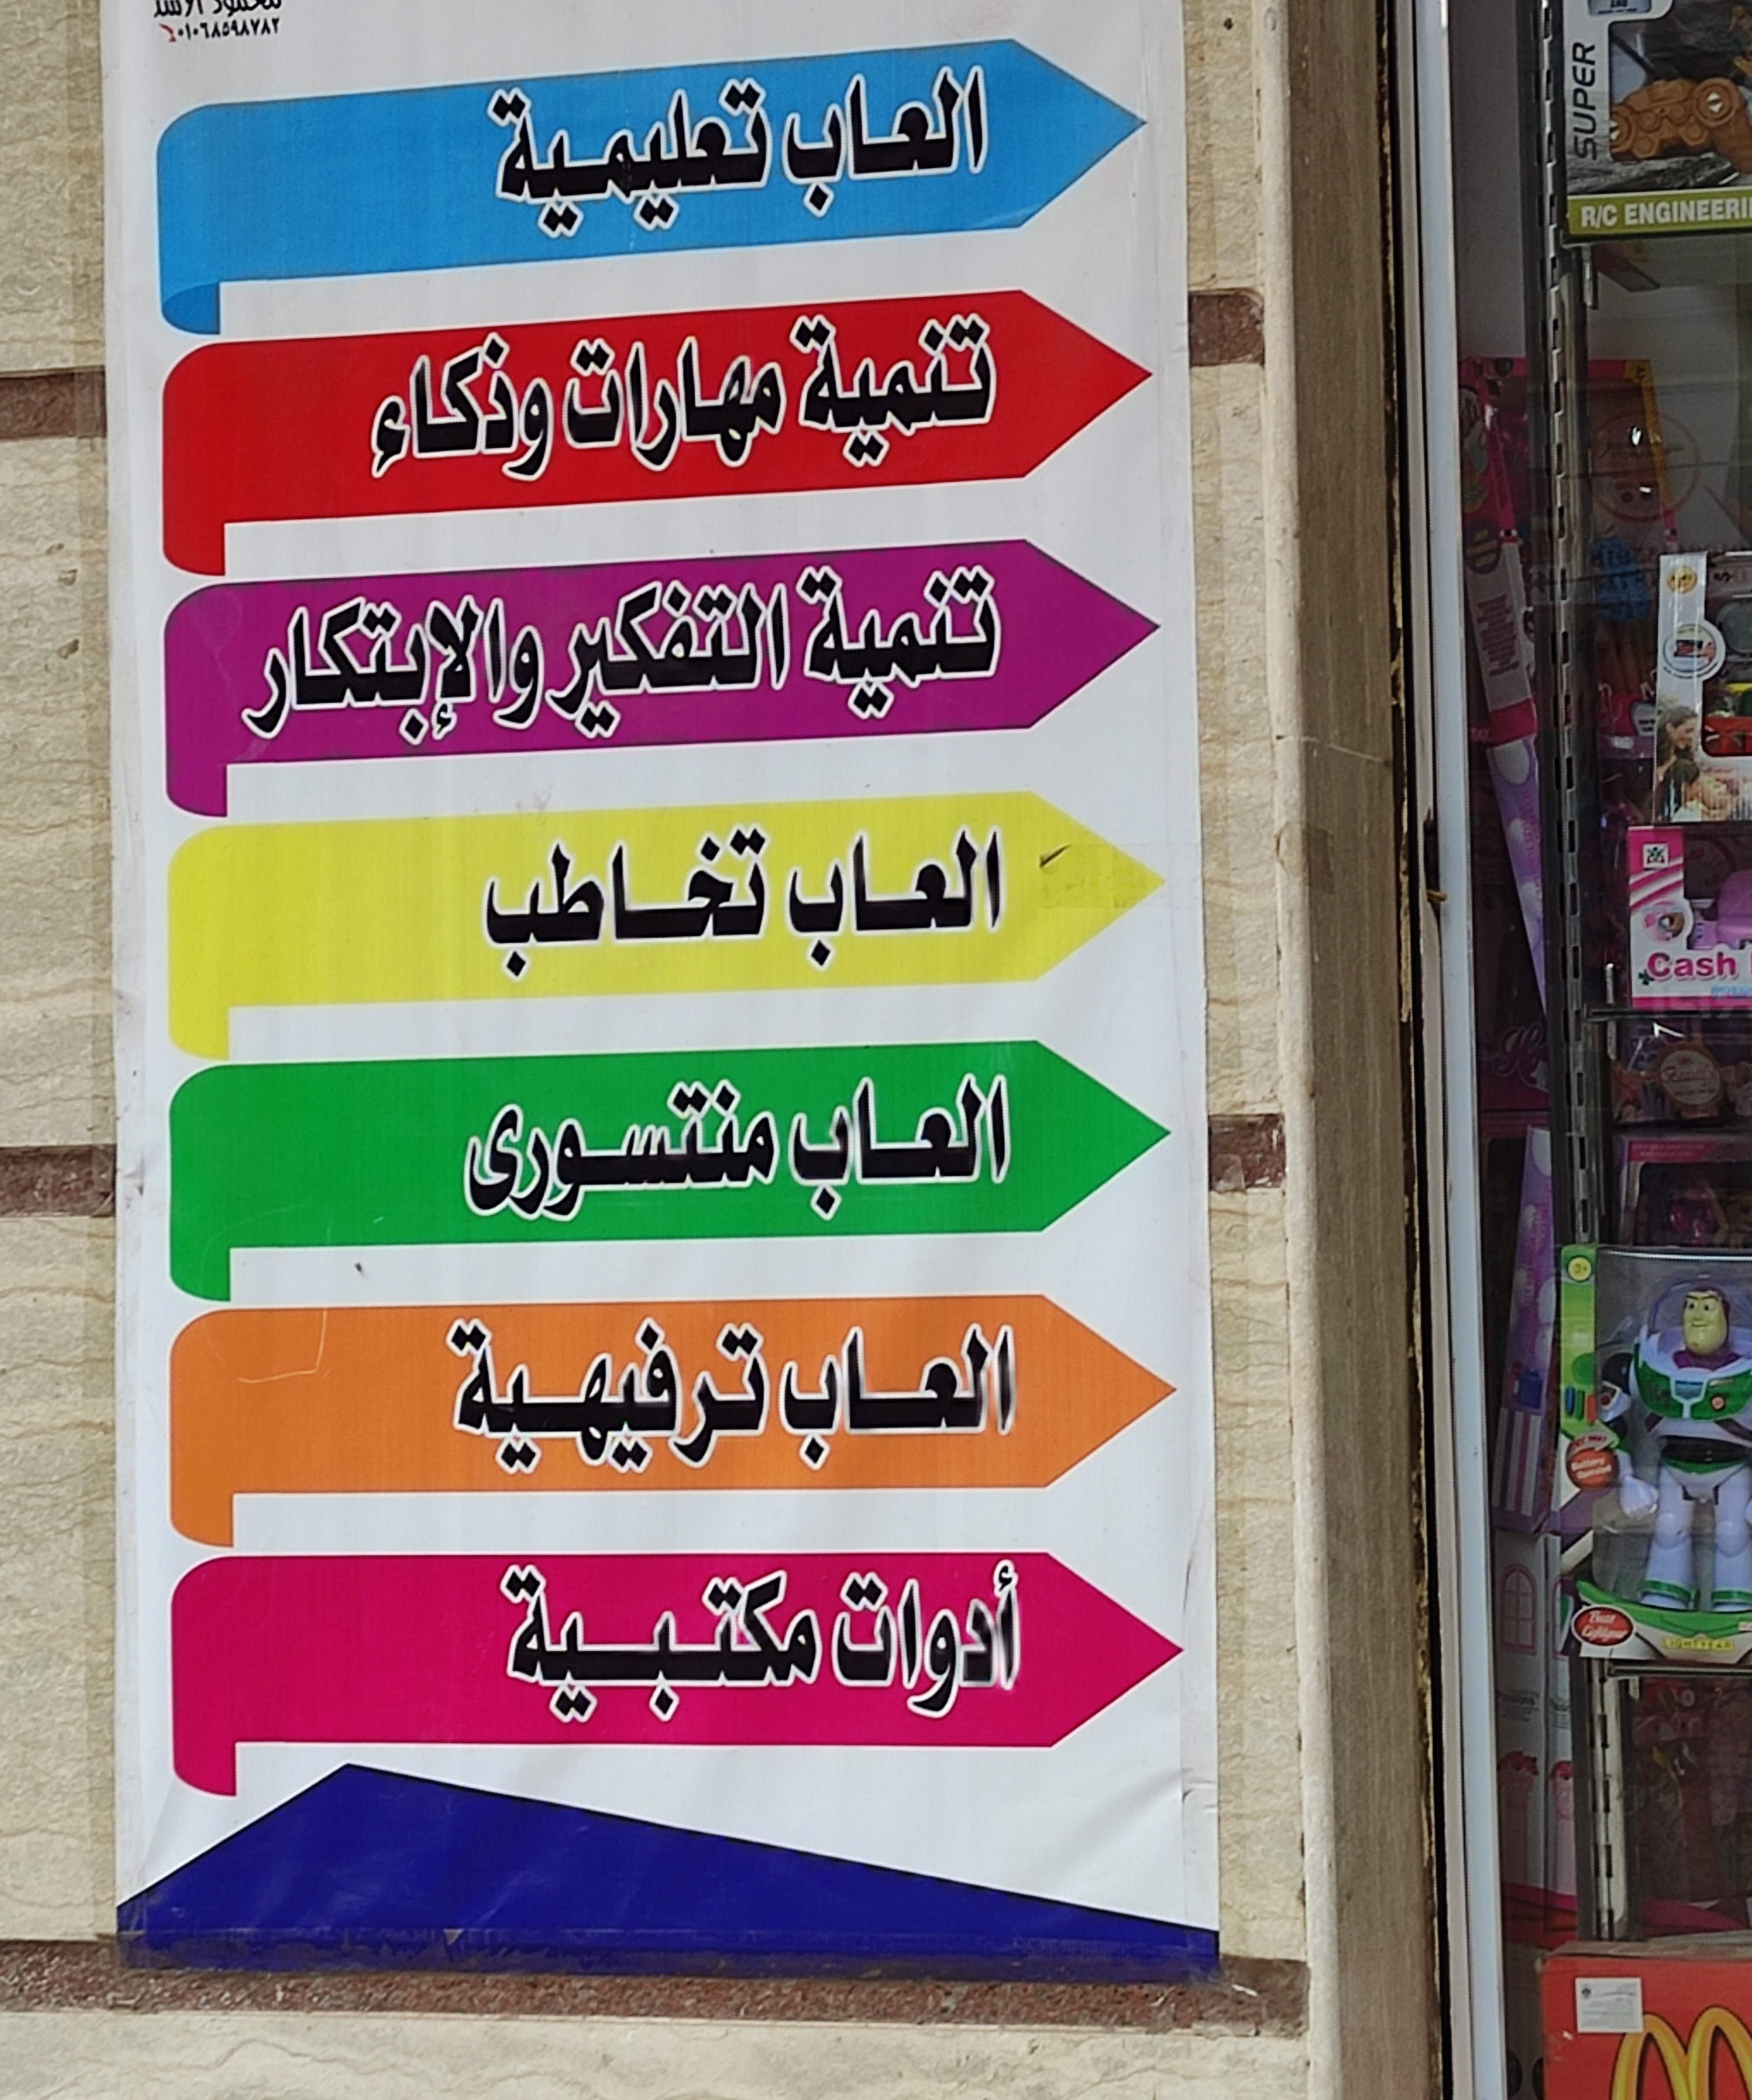
Text in image: العاب تعليمية تنمية مهارات وذكاء تنمية التفكير والإبتكار العاب تخاطب العاب منتسورى العاب ترفيهية أدوات مكتبية SUPER Cash